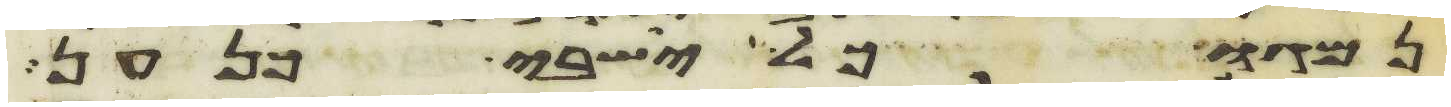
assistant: נמגו כל ישבי כנען